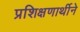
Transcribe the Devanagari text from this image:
प्रशिक्षणार्थीने